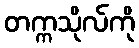
တက္ကသိုလ်ကို